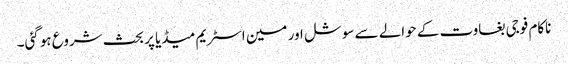
ناکام فوجی بغاوت کے حوالے سے سوشل اور مین اسٹریم میڈیا پر بحث شروع ہوگئی۔